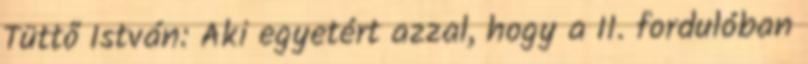
Tüttő István: Aki egyetért azzal, hogy a II. fordulóban